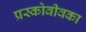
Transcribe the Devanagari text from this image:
प्रस्कोवीवका